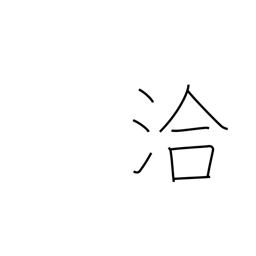
Meaning: far and wide